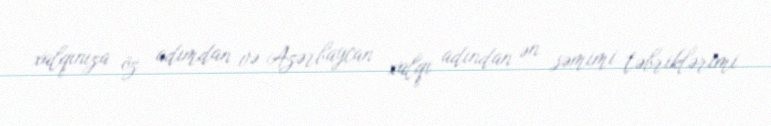
xalqınıza öz adımdan və Azərbaycan xalqı adından ən səmimi təbriklərimi